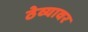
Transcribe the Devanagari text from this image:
ठेव्यावर